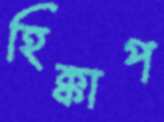
হিক্কাপ